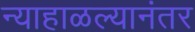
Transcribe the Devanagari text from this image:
न्याहाळल्यानंतर